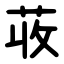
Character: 荍